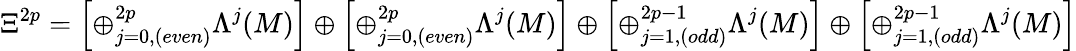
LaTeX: \Xi^{2p}=\left[\oplus_{j=0,(even)}^{2p}\Lambda^{j}(M)\right]\oplus\left[\oplus_{j=0,(even)}^{2p}\Lambda^{j}(M)\right]\oplus\left[\oplus_{j=1,(odd)}^{2p-1}\Lambda^{j}(M)\right]\oplus\left[\oplus_{j=1,(odd)}^{2p-1}\Lambda^{j}(M)\right]